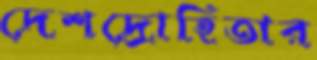
দেশদ্রোহিতার